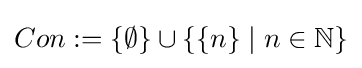
Con:=\{\emptyset \}\cup \{\{n\}\mid n\in \mathbb {N} \}